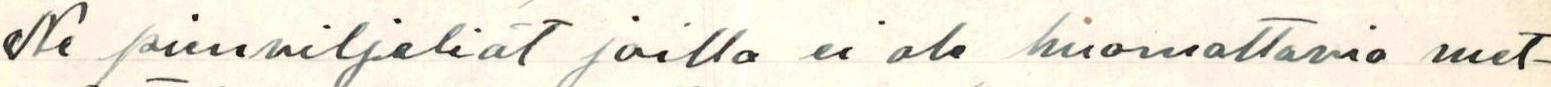
Ne pienviljelijät joilla ei ole huomattavia met-